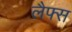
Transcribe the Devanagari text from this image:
लैफ्स